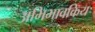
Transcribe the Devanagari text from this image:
अभिभावकिय